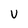
Character: V